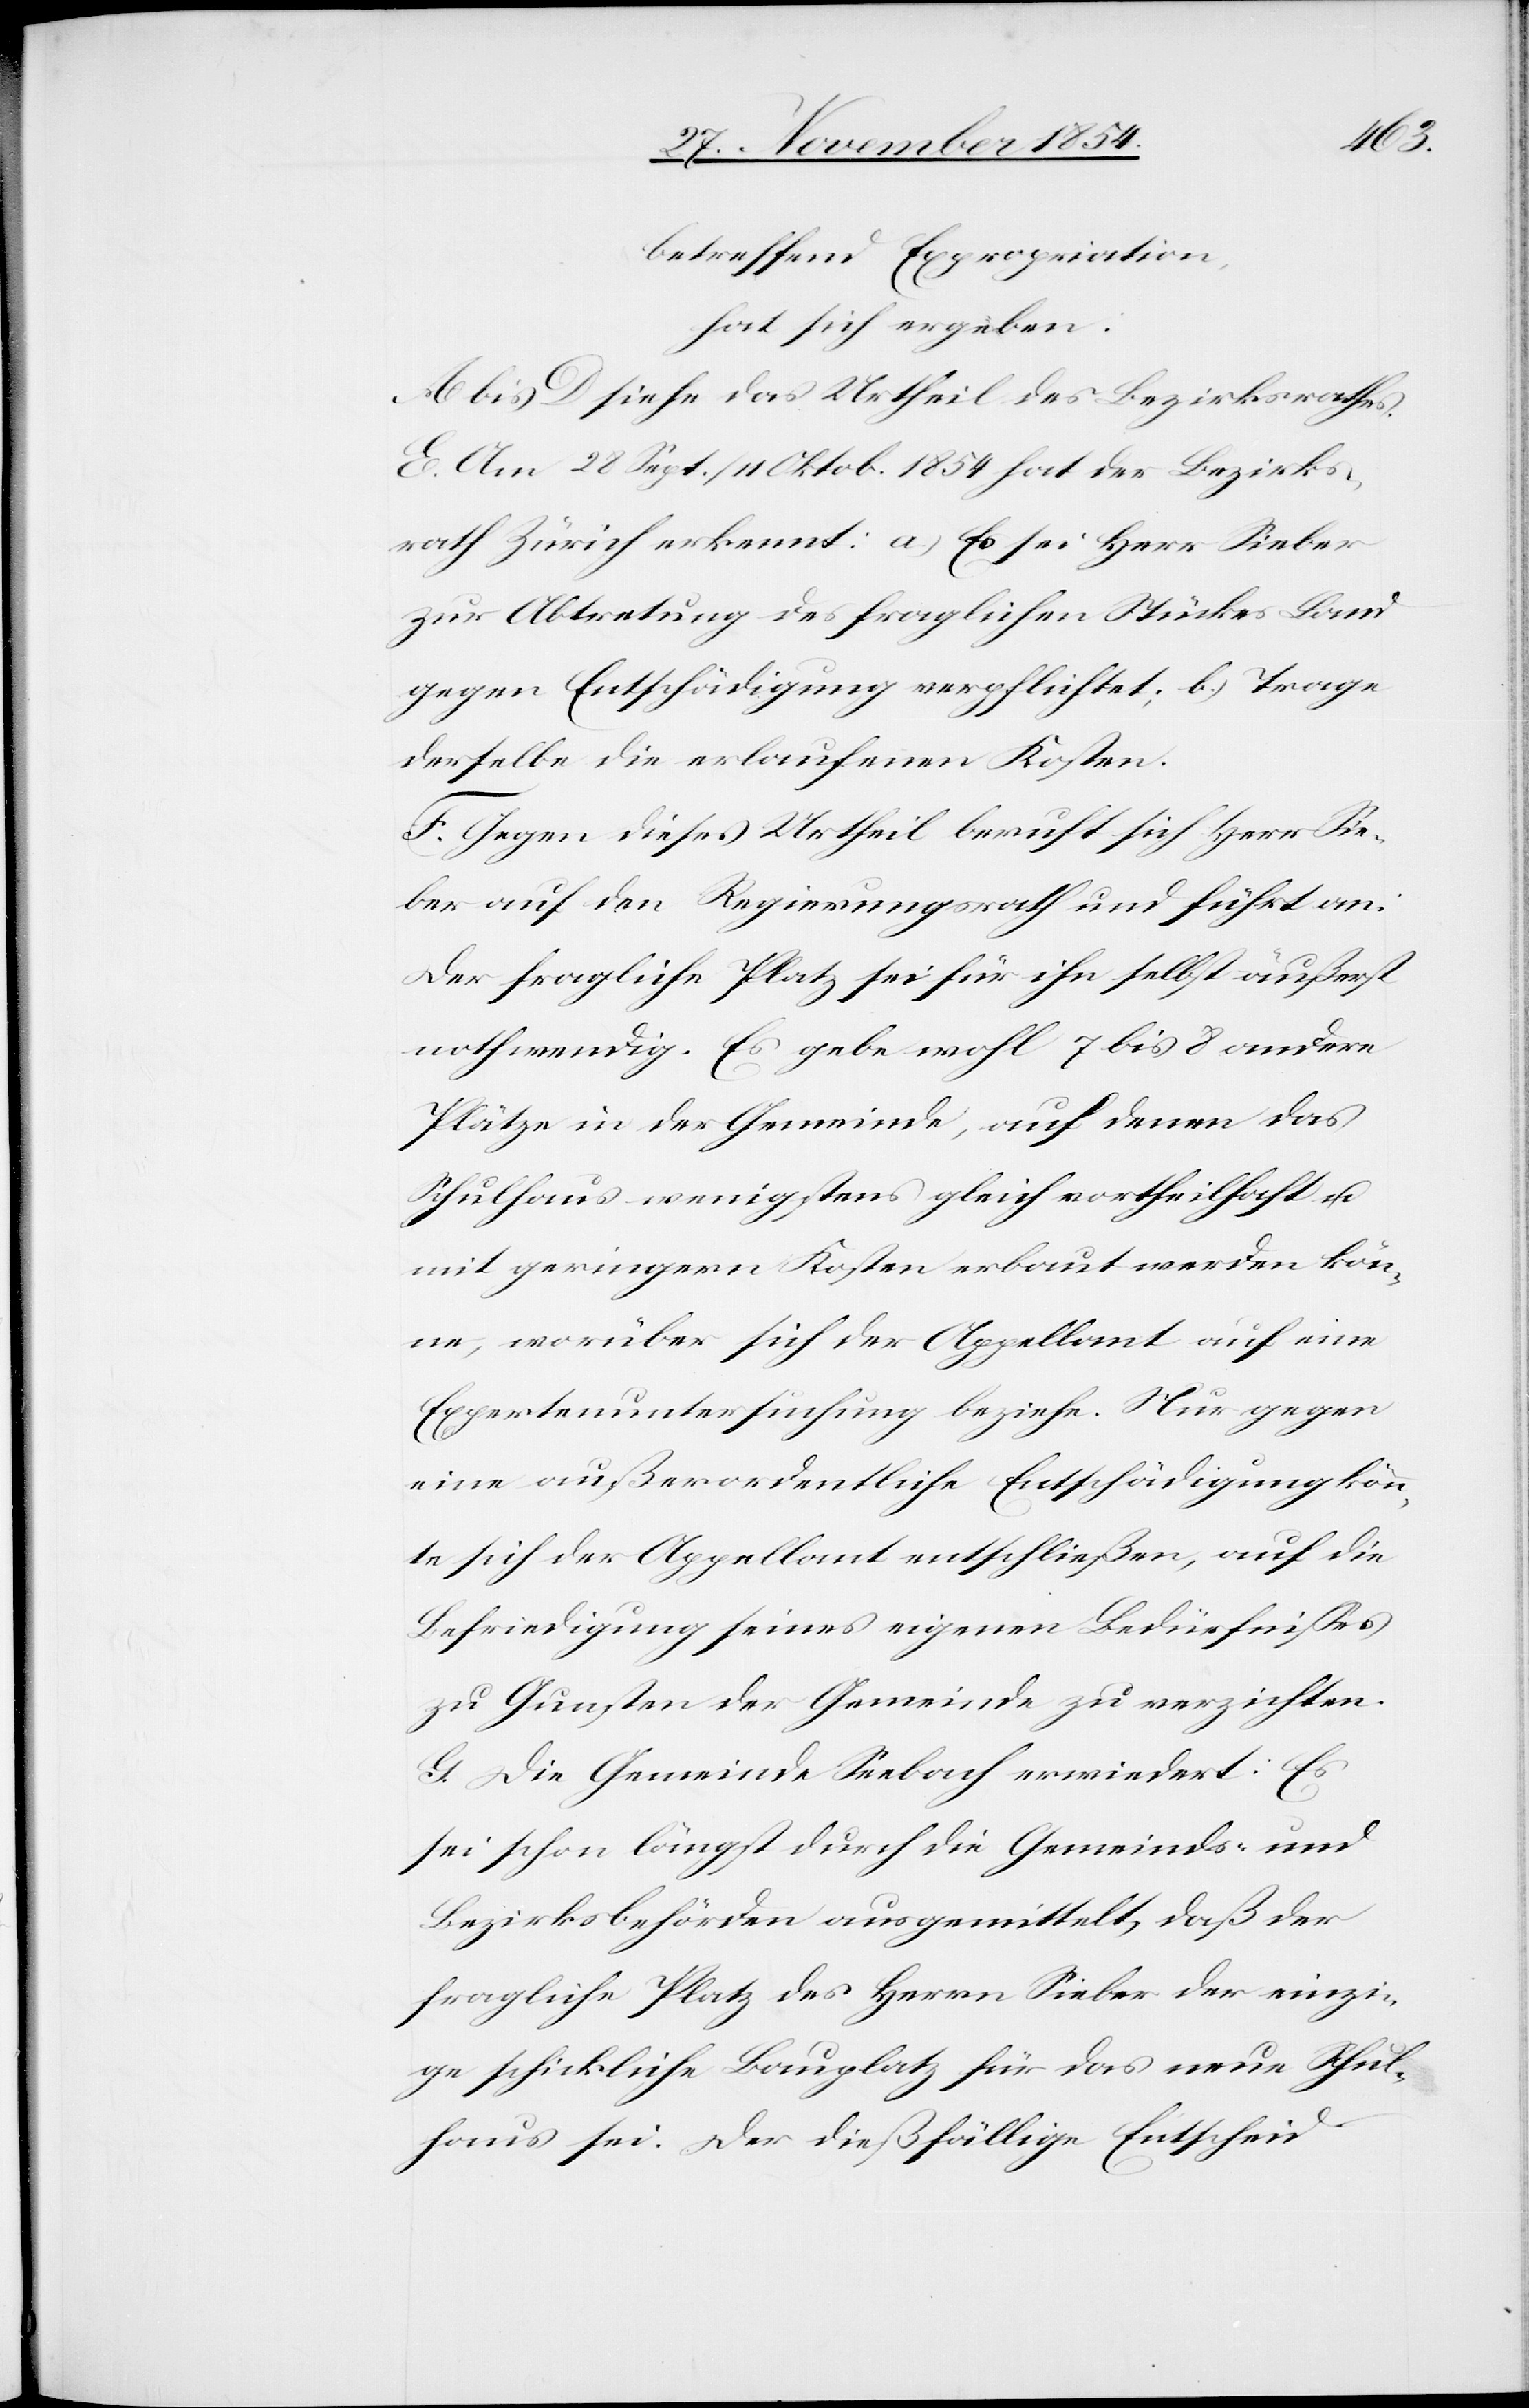
betreffend Expropriation,
hat sich ergeben:
A bis D siehe das Urtheil des Bezirksrathes.
E. Am 28. Sept. / 11. Oktob. 1854 hat der Bezirks¬
rath Zürich erkennt: a.) Es sei Herr Sieber
zur Abtretung des fraglichen Stückes Land
gegen Entschädigung verpflichtet; b.) Trage
derselbe die erlaufenen Kosten.
F. Gegen dieses Urtheil beruft sich Herr Sie¬
ber auf den Regierungsrath und führt an:
Der fragliche Platz sei für ihn selbst äußerst
nothwendig. Es gebe wohl 7 bis 8 andere
Plätze in der Gemeinde, auf denen das
Schulhaus wenigstens gleich vortheilhaft u.
mit geringern Kosten erbaut werden kön¬
ne, worüber sich der Appellant auf eine
Expertenuntersuchung beziehe. Nur gegen
eine außerordentliche Entschädigung könn¬
te sich der Appellant entschließen, auf die
Befriedigung seines eigenen Bedürfnißes
zu Gunsten der Gemeinde zu verzichten.
G. Die Gemeinde Seebach erwiedert: Es
sei schon längst durch die Gemeinds- und
Bezirksbehörden ausgemittelt, daß der
fragliche Platz des Herrn Sieber der einzi¬
ge schickliche Bauplatz für das neue Schul¬
haus sei. Der dießfällige Entscheid